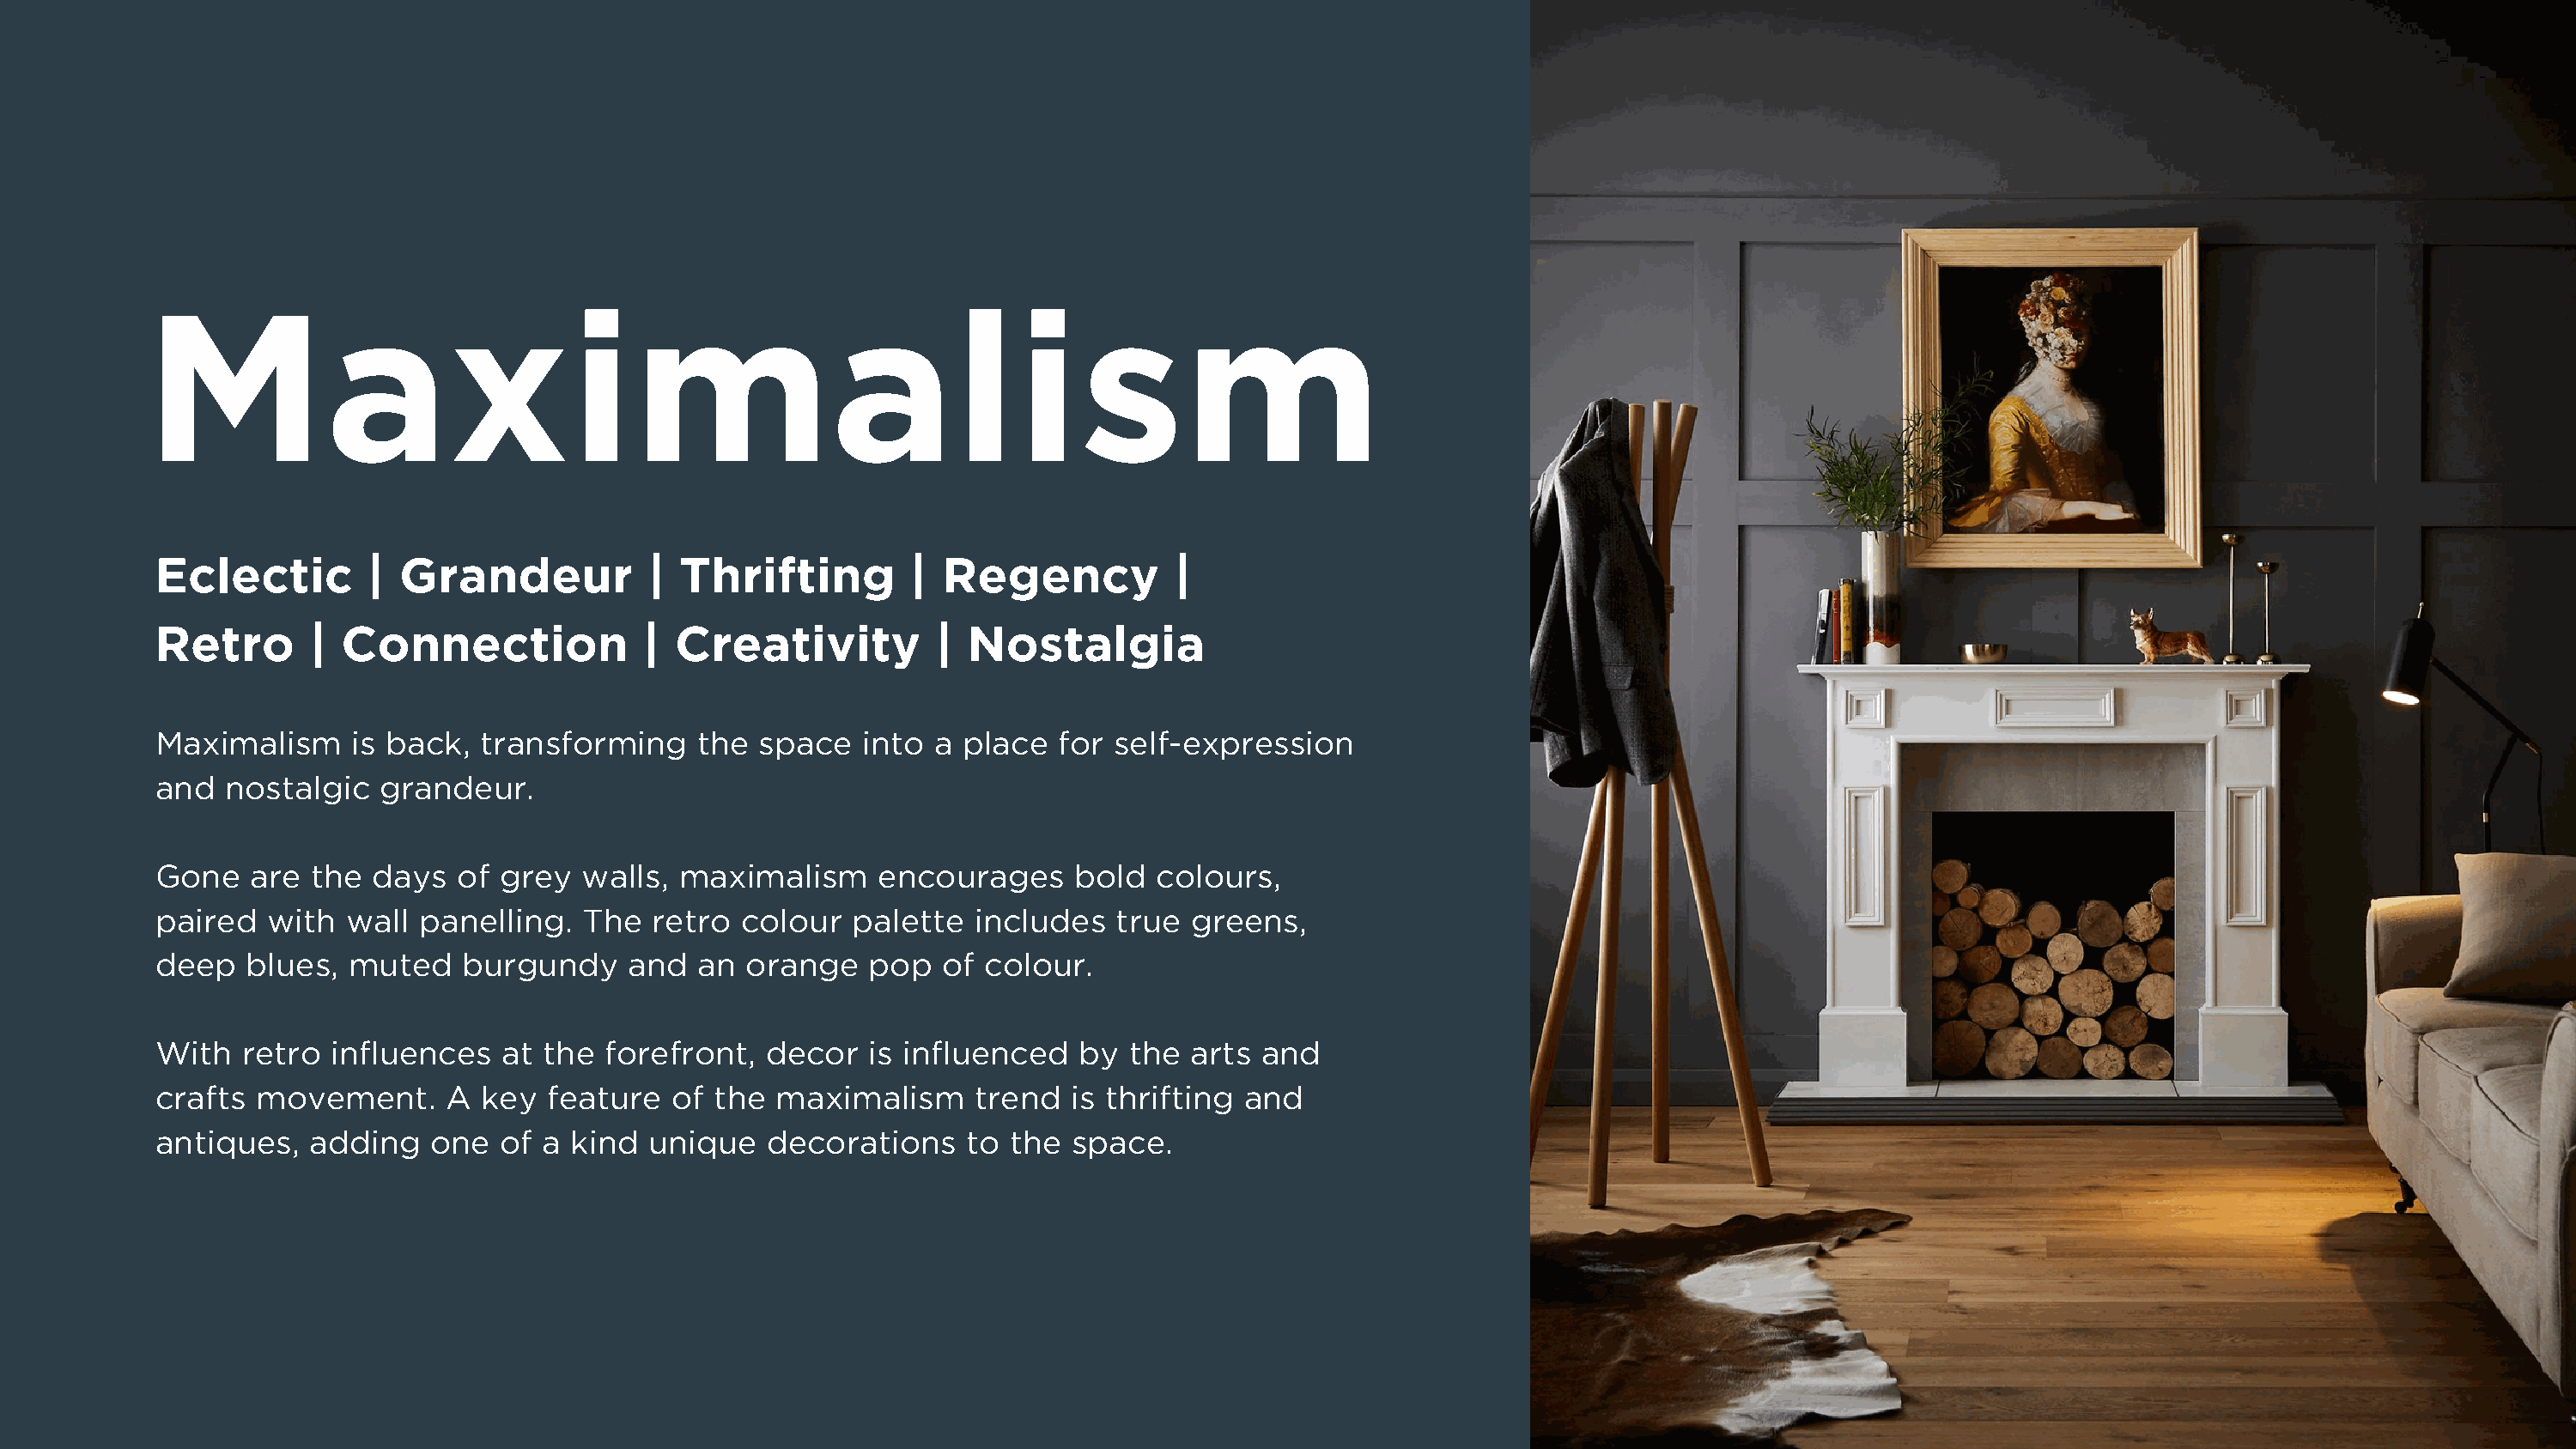
Maximalism
 Eclectic        |  Grandeur           | Thrifting         |  Regency           |
 Retro       | Connection              | Creativity          |  Nostalgia
 Maximalism     is back,  transforming     the space   into  a place   for self-expression
 and  nostalgic   grandeur.
 Gone   are  the  days  of  grey  walls, maximalism      encourages     bold  colours,
 paired   with  wall panelling.   The  retro  colour   palette  includes   true  greens,
 deep   blues,  muted    burgundy    and   an  orange   pop   of colour.
 With   retro influences    at the  forefront,  decor   is influenced   by  the  arts and
 crafts  movement.     A  key  feature   of the  maximalism     trend   is thrifting and
 antiques,   adding   one   of a kind  unique   decorations    to  the  space.